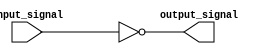
module CMOS_NOT_gate (
    input wire input_signal,
    output wire output_signal
);

    assign output_signal = ~input_signal;

endmodule